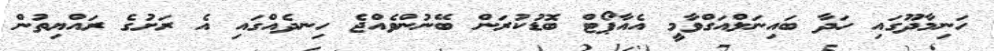
ހަނިމާދޫގައި ހަދާ ބައިނަލްއަގްވާމީ އެއާޕޯޓް ބޮޑުކުރަން ބޭނުންވެއްޖެ ހިނދެއްގައި އެ ރަށުގެ ރައްޔިތުން